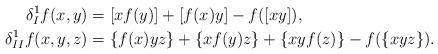
LaTeX: \begin{align*}\delta_I^1 f(x, y)&=[xf(y)]+[f(x)y]-f([xy]),\\\delta_{II}^1 f(x, y, z)&=\{f(x)yz\}+\{xf(y)z\}+\{xyf(z)\}-f(\{xyz\}).\end{align*}